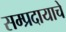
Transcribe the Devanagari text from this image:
सम्प्रदायाचे